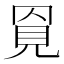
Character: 𧠓